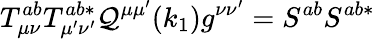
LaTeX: T_{\mu\nu}^{ab}T_{\mu^{\prime}\nu^{\prime}}^{ab*}\mathcal{Q}^{\mu\mu^{\prime}}(k_{1})g^{\nu\nu^{\prime}}=S^{ab}S^{ab*}